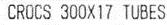
CROCS 300X17 TUBES